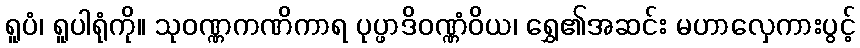
ရူပံ၊ ရူပါရုံကို။ သုဝဏ္ဏကဏိကာရ ပုပ္ဖာဒိဝဏ္ဏံဝိယ၊ ရွှေ၏အဆင်း မဟာလှေကားပွင့်